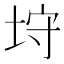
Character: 垨